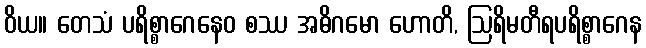
ဝိယ။ တေသံ ပရိစ္စာဂေနေဝ စဿ အဓိဂမော ဟောတိ, ဩရိမတီရပရိစ္စာဂေန